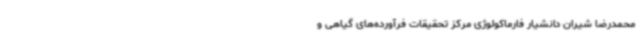
محمدرضا شیران دانشیار فارماکولوژی مرکز تحقیقات فرآورده‌های گیاهی و